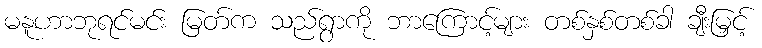
မနူဟာဘုရင်မင်း မြတ်က သည်ရွာကို ဘာကြောင့်များ တစ်နှစ်တစ်ခါ ချီးမြှင့်